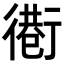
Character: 𢕵